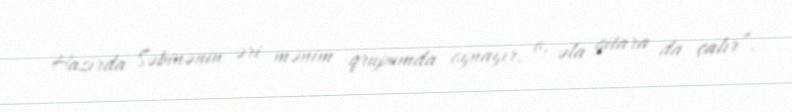
Hazırda Səbinənin əri mənim qrupumda oynayır, o, əla gitara da çalır”.